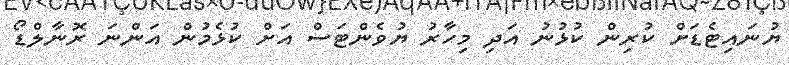
ޔުނައިޓެޑަށް ކުރިން ކުޅުނު އަދި މިހާރު ޔުވެންޓަސް އަށް ކުޅެމުން އަންނަ ރޮނާލްޑޯ